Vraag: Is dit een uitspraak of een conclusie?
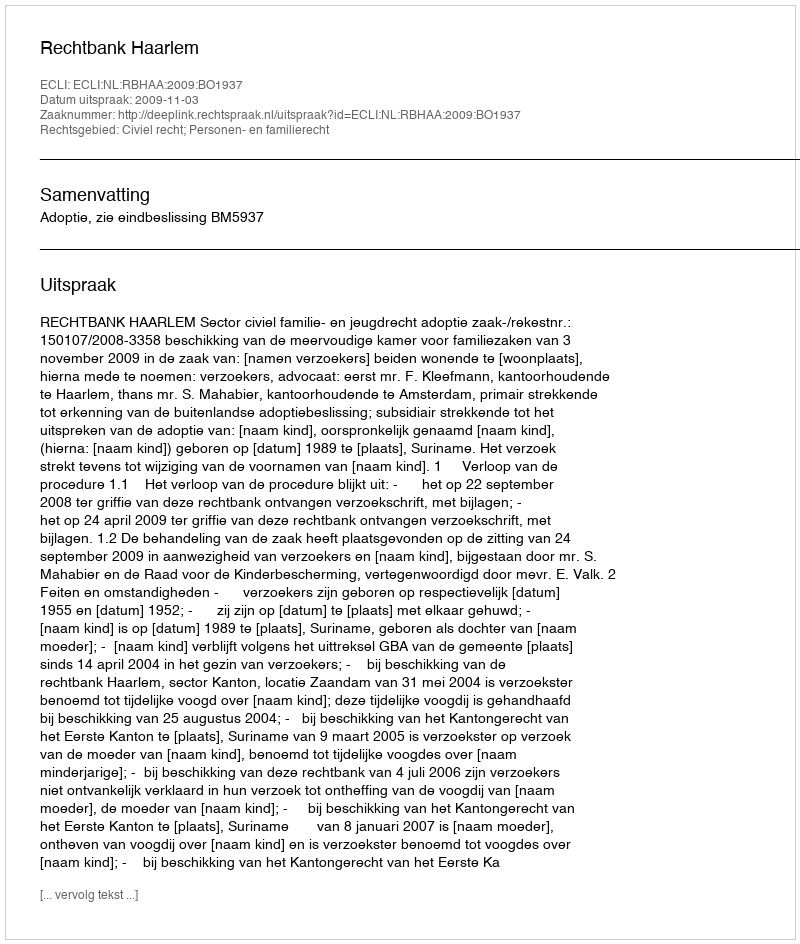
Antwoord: Uitspraak